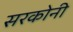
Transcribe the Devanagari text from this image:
सरकोनी